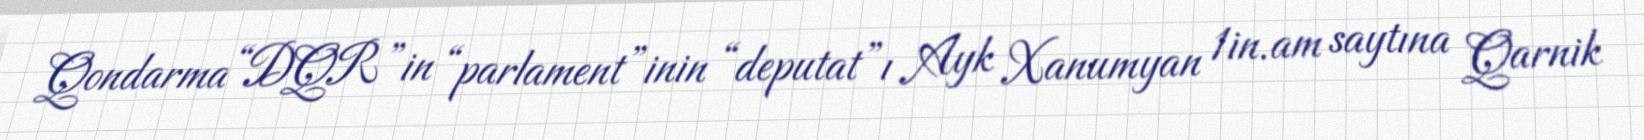
Qondarma “DQR”in “parlament”inin “deputat”ı Ayk Xanumyan 1in.am saytına Qarnik